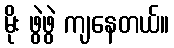
မိုး ဖွဲဖွဲ ကျနေတယ်။